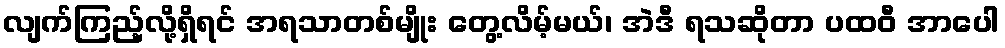
လျက်ကြည့်လို့ရှိရင် အရသာတစ်မျိုး တွေ့လိမ့်မယ်၊ အဲဒီ ရသဆိုတာ ပထဝီ အာပေါ